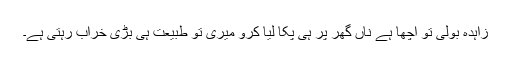
زاہدہ بولی تو اچھا ہے ناں گھر پر ہی پکا لیا کرو میری تو طبیعت ہی بڑی خراب رہتی ہے۔